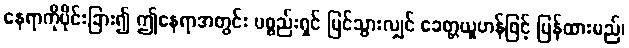
နေရာကိုပိုင်းခြား၍ ဤနေရာအတွင်း ပစ္စည်းရှင် မြင်သွားလျှင် ခေတ္တယူဟန်ဖြင့် ပြန်ထားမည်၊